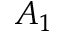
A _ { 1 }